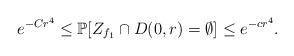
LaTeX: \begin{align*} e^{-Cr^4}\leq \mathbb P[ Z_{f_1}\cap D(0,r)=\emptyset]\leq e^{-cr^4}.\end{align*}